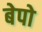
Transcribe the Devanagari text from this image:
बेपो